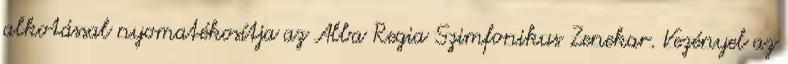
alkotással nyomatékosítja az Alba Regia Szimfonikus Zenekar. Vezényel az